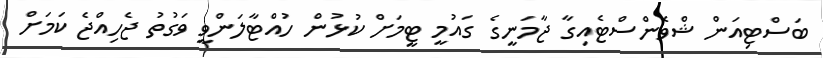
ބަސްޓިއަން ޝްވެންސްޓެއިގާ ޖާމަނީގެ ގައުމީ ޓީމަށް ކުޅުން ހުއްޓާލަންވީ ވަގުތު ޖެހިއްޖެ ކަމަށް